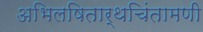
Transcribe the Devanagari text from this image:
अभिलषितार्थचिंतामणी